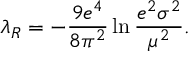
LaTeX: \lambda _ { R } = - \frac { 9 e ^ { 4 } } { 8 \pi ^ { 2 } } \ln \frac { e ^ { 2 } \sigma ^ { 2 } } { \mu ^ { 2 } } .